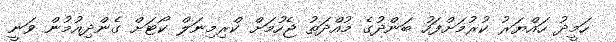
ހަމީދު ހައްޔަރު ކުރުމަށްފަހު ބަންދުގެ މުއްދަތު ޖެހުމަށް ކްރިމިނަލް ކޯޓަށް ގެންދިއުމުން ވަނީ